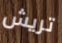
تريش